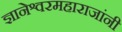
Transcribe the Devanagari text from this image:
ज्ञानेश्वरमहाराजांनी